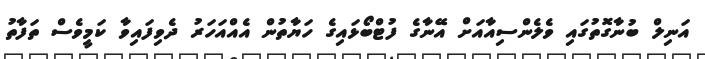
އަނިލް ބުނާގޮތުގައި ވެލެންސިއާއަށް އޭނާގެ ފުޓްބޯޅައިގެ ހަޔާތުން އެއްއަހަރު ދެވިފައިވާ ކަމީވެސް ތަފާތު